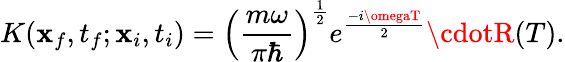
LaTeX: K(\mathbf{x}_{f},t_{f};\mathbf{x}_{i},t_{i})=\left({\frac{{m\omega}}{{\pi\hbar}}}\right)^{\frac{{1}}{{2}}}e^{\frac{{-i\omegaT}}{{2}}}\cdotR(T).